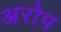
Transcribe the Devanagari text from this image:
अरोप